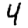
Digit: 4